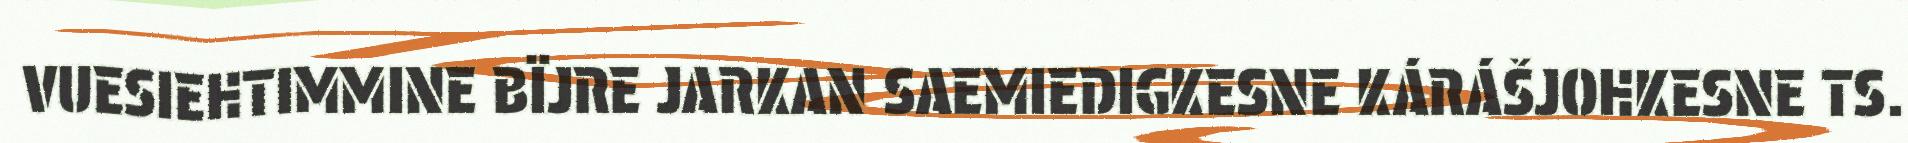
VUESIEHTIMMINE BÏJRE JARKAN SAEMIEDIGKESNE KÁRÁŠJOHKESNE TS.